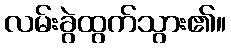
လမ်းခွဲထွက်သွား၏။